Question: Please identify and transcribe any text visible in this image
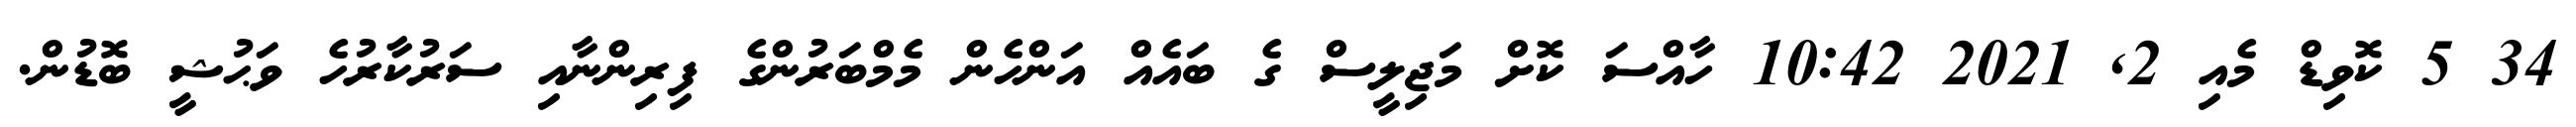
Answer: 34 5 ކޮވިޑް މެއި 2, 2021 10:42 ހާއްސަ ކޮށް މަޖިލީސް ގެ ބައެއް އަންހެން މެމްބަރުންގެ ފިރިންނާއި ސަރުކާރުހެ ވަޙުޝީ ބޮޑުން.